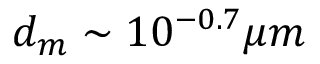
d _ { m } \sim 1 0 ^ { - 0 . 7 } \mu m